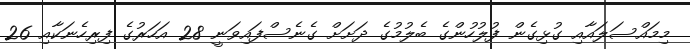
މިމައްސަލައާއި ގުޅިގެން ފުލުހުންގެ ބެލުމުގެ ދަށަށް ގެނެސްފައިވަނީ 28 އަހަރުގެ ފިރިހެނަކާއި 26